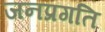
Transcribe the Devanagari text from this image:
जनप्रगति